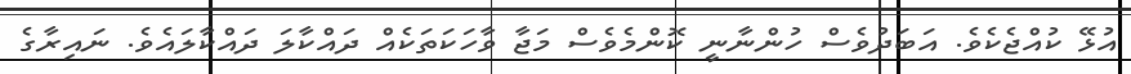
އުޅޭ ކުއްޖެކެވެ. އަބަދުވެސް ހުންނާނީ ކޮންމެވެސް މަޖާ ވާހަކަތަކެއް ދައްކާލަ ދައްކާލައެވެ. ނައިރާގެ